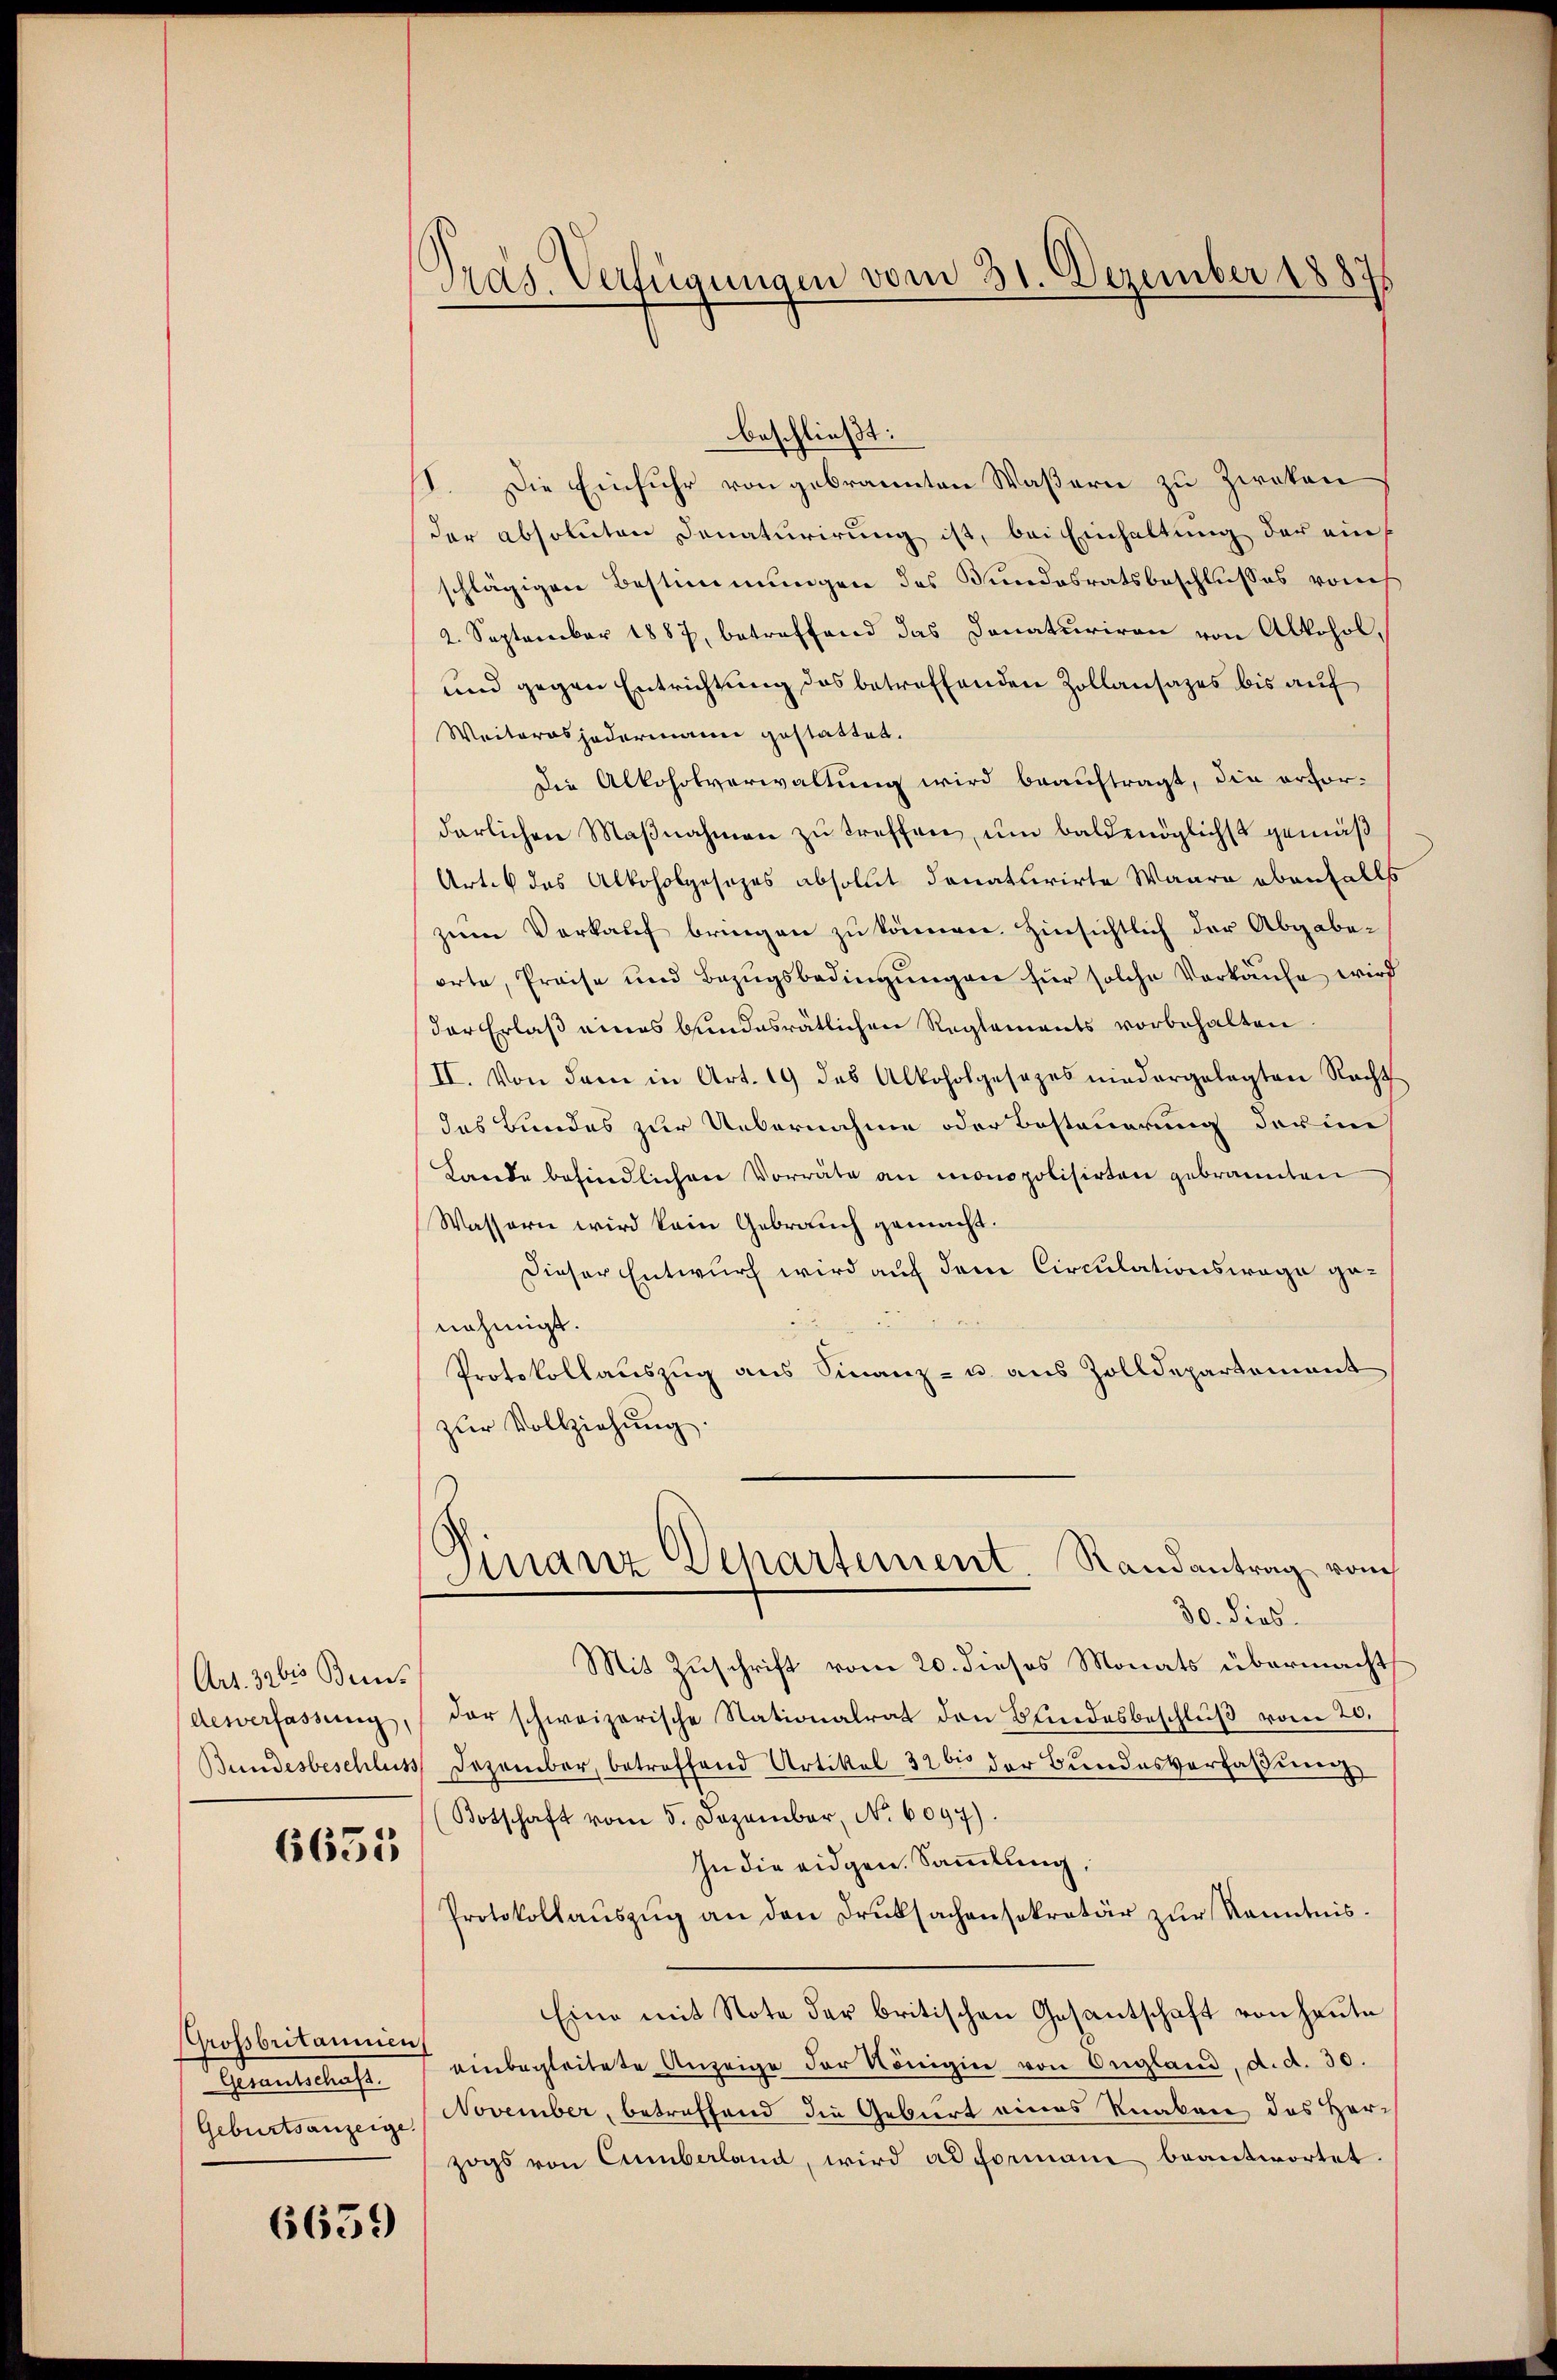
Art. 3 bis Bein

6655

Grossbritannien
Testandtschaft

6659

Tras Verfügungen vom 31. Dezember 1887

beschließt:
I. Die Einfuhr von gebrannten Waßern zu Zweken
der absoluten Donaturirung ist, bei Einhaltung der einschlägigen Bestimmungen des Bundesratsbeschlusses von
2. September 1887, betreffend das Donaturiren von Alkohol¬
und gegen Entrichtung des betreffenden Zollansazes bis auf
Weiteras jedermann gestattet.
Die Alkoholverwaltung wird beauftragt, die erfordarlichen Maβnahmen zu treffen, um baldmöglichst gemäß
Arten das Alkoholgesezes absollt donaturirte Waare ebenfalls
zum Verkauf bringen zu können. Hinsichtlich der Abgabeorte, Preise und Bezŭgsbedingŭngen für solche Verkaufe wird
der Erlaß eines bundesrätlichen Reglements vorbehalten
II. Von dem in Art. 19 des Alkoholgesezes niedergelegten Recht
das Bundes zur Uebernahme oder Besteuerung der in
Lande befindlichen Vorräte an monopolisirten gebrannten
Wassern wird kein Gebrauch gemacht.
Dieser Entwurf wird auf dem Circulationswege genehmigt.
Protokollauszug aus Finanz- u. aus Zolldepartement
zur Vollziehung.
Finanz Departement. Randantrag vom
30. dies
Mit Zuschrift vom 20. dieses Monats übermacht,
desverfassung, der schweizerische Nationalrat den Bundesbeschlŭβ vom 20.
Bundesbeschluss Dezember, betroffend Artikel 326 der Bundesverfassung
Botschaft vom 5. Dezember, No. 6097).
In die eidgen. Sammlung,
Protokollaŭszŭg an den Druksachensekretär zur Kenntnis.
Eine mit Note der britischen Gesantschaft von heute
einbegleitete Anzeige der Königin von England, d. d. 30.
Geburtsanzeige November, betreffend die Geburt eines Knaben des Herr
zogs von Cumberland, wird ad formani beantwortet.